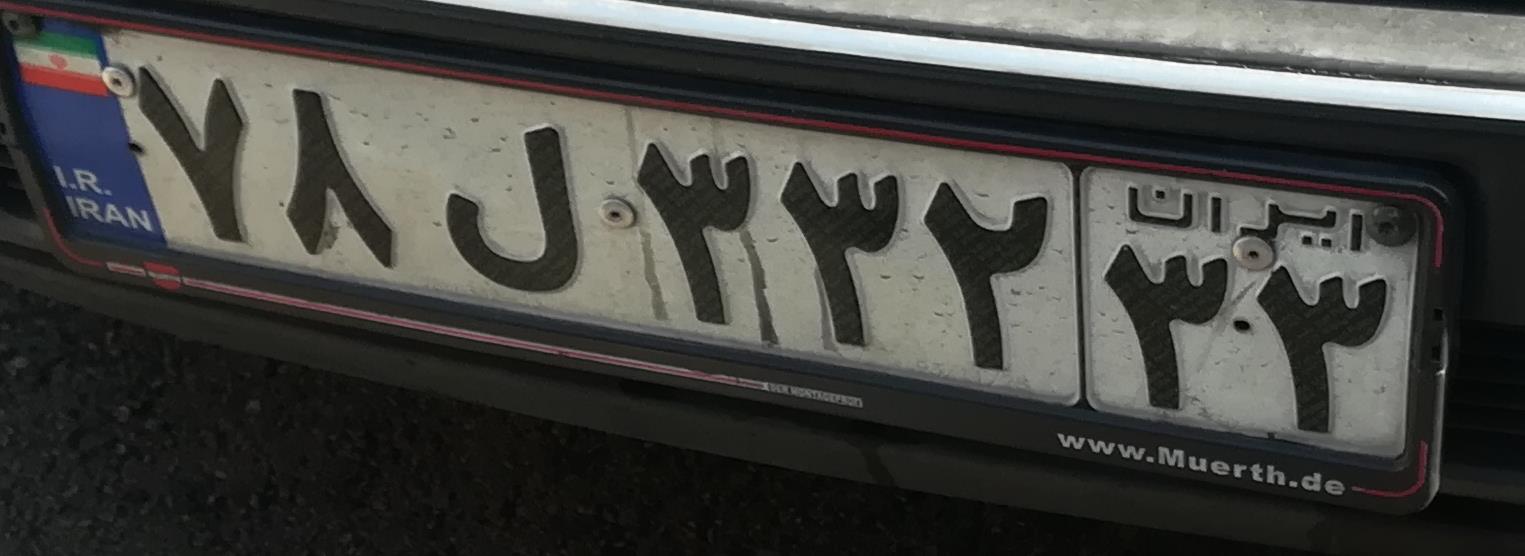
۷۸ل۳۳۲۳۳